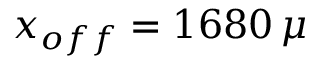
x _ { o f f } = 1 6 8 0 \, \mu